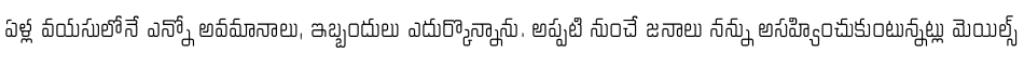
ఏళ్ల వయసులోనే ఎన్నో అవమానాలు, ఇబ్బందులు ఎదుర్కొన్నాను. అప్పటి నుంచే జనాలు నన్ను అసహ్యించుకుంటున్నట్లు మెయిల్స్